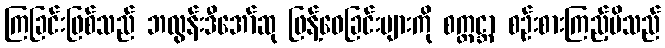
ကြခြင်းဖြစ်သည် ဘလွန်းဒီအော်ဆု ဖြန့်ဝေခြင်းများကို စက္တင္ဘာ စဉ်းစားကြည့်မိသည်